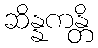
ဆိန္နကန္တိ